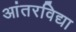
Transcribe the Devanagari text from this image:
आंतरविद्या